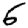
Digit: 6